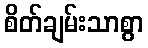
စိတ်ချမ်းသာစွာ